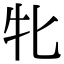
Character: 牝